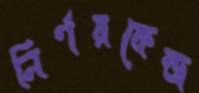
নির্ণয়কেন্দ্র